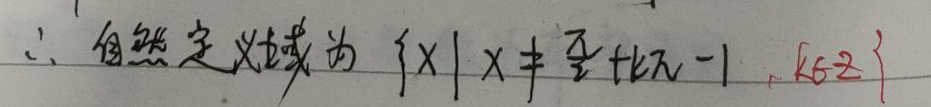
$\therefore $自然定义域为$ \{x|x\neq\frac{\pi}{2}+k\pi - 1,k\in\mathbb{Z}\}$